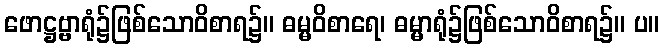
ဖောဋ္ဌဗ္ဗာရုံ၌ဖြစ်သောဝိစာရ၌။ ဓမ္မဝိစာရေ၊ ဓမ္မာရုံ၌ဖြစ်သောဝိစာရ၌။ ပ။